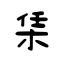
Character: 栠